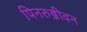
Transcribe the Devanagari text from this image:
पिनरुज्जीवन